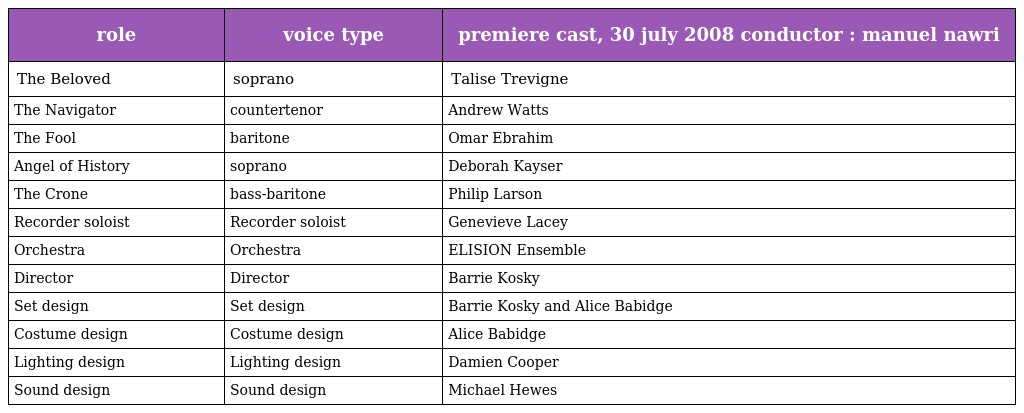
| role | voice type | premiere cast, 30 july 2008 conductor : manuel nawri |
 | --- | --- | --- |
 | The Beloved | soprano | Talise Trevigne |
 | The Navigator | countertenor | Andrew Watts |
 | The Fool | baritone | Omar Ebrahim |
 | Angel of History | soprano | Deborah Kayser |
 | The Crone | bass-baritone | Philip Larson |
 | Recorder soloist | Recorder soloist | Genevieve Lacey |
 | Orchestra | Orchestra | ELISION Ensemble |
 | Director | Director | Barrie Kosky |
 | Set design | Set design | Barrie Kosky and Alice Babidge |
 | Costume design | Costume design | Alice Babidge |
 | Lighting design | Lighting design | Damien Cooper |
 | Sound design | Sound design | Michael Hewes |